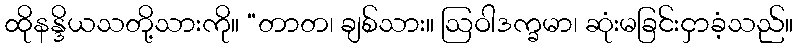
ထိုနန္ဒိယသတို့သားကို။ “တာတ၊ ချစ်သား။ ဩဝါဒက္ခမာ၊ ဆုံးမခြင်းငှာခံ့သည်။